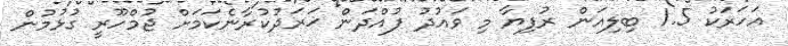
އަހަރަކު 1.5 ބިލިއަން ރުފިޔާ މި ވައުދު ފުއްދަން ޚަރަދުކުރާނެކަމަށް ޖުމްހޫރީ ގުޅުމުން